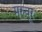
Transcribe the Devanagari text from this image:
मरुवूर